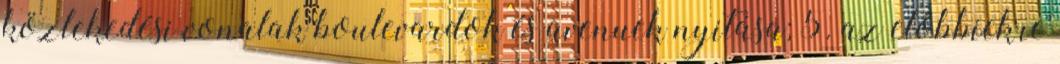
közlekedési vonalak boulevardok és avenuek nyitása; 5. az előbbiekre